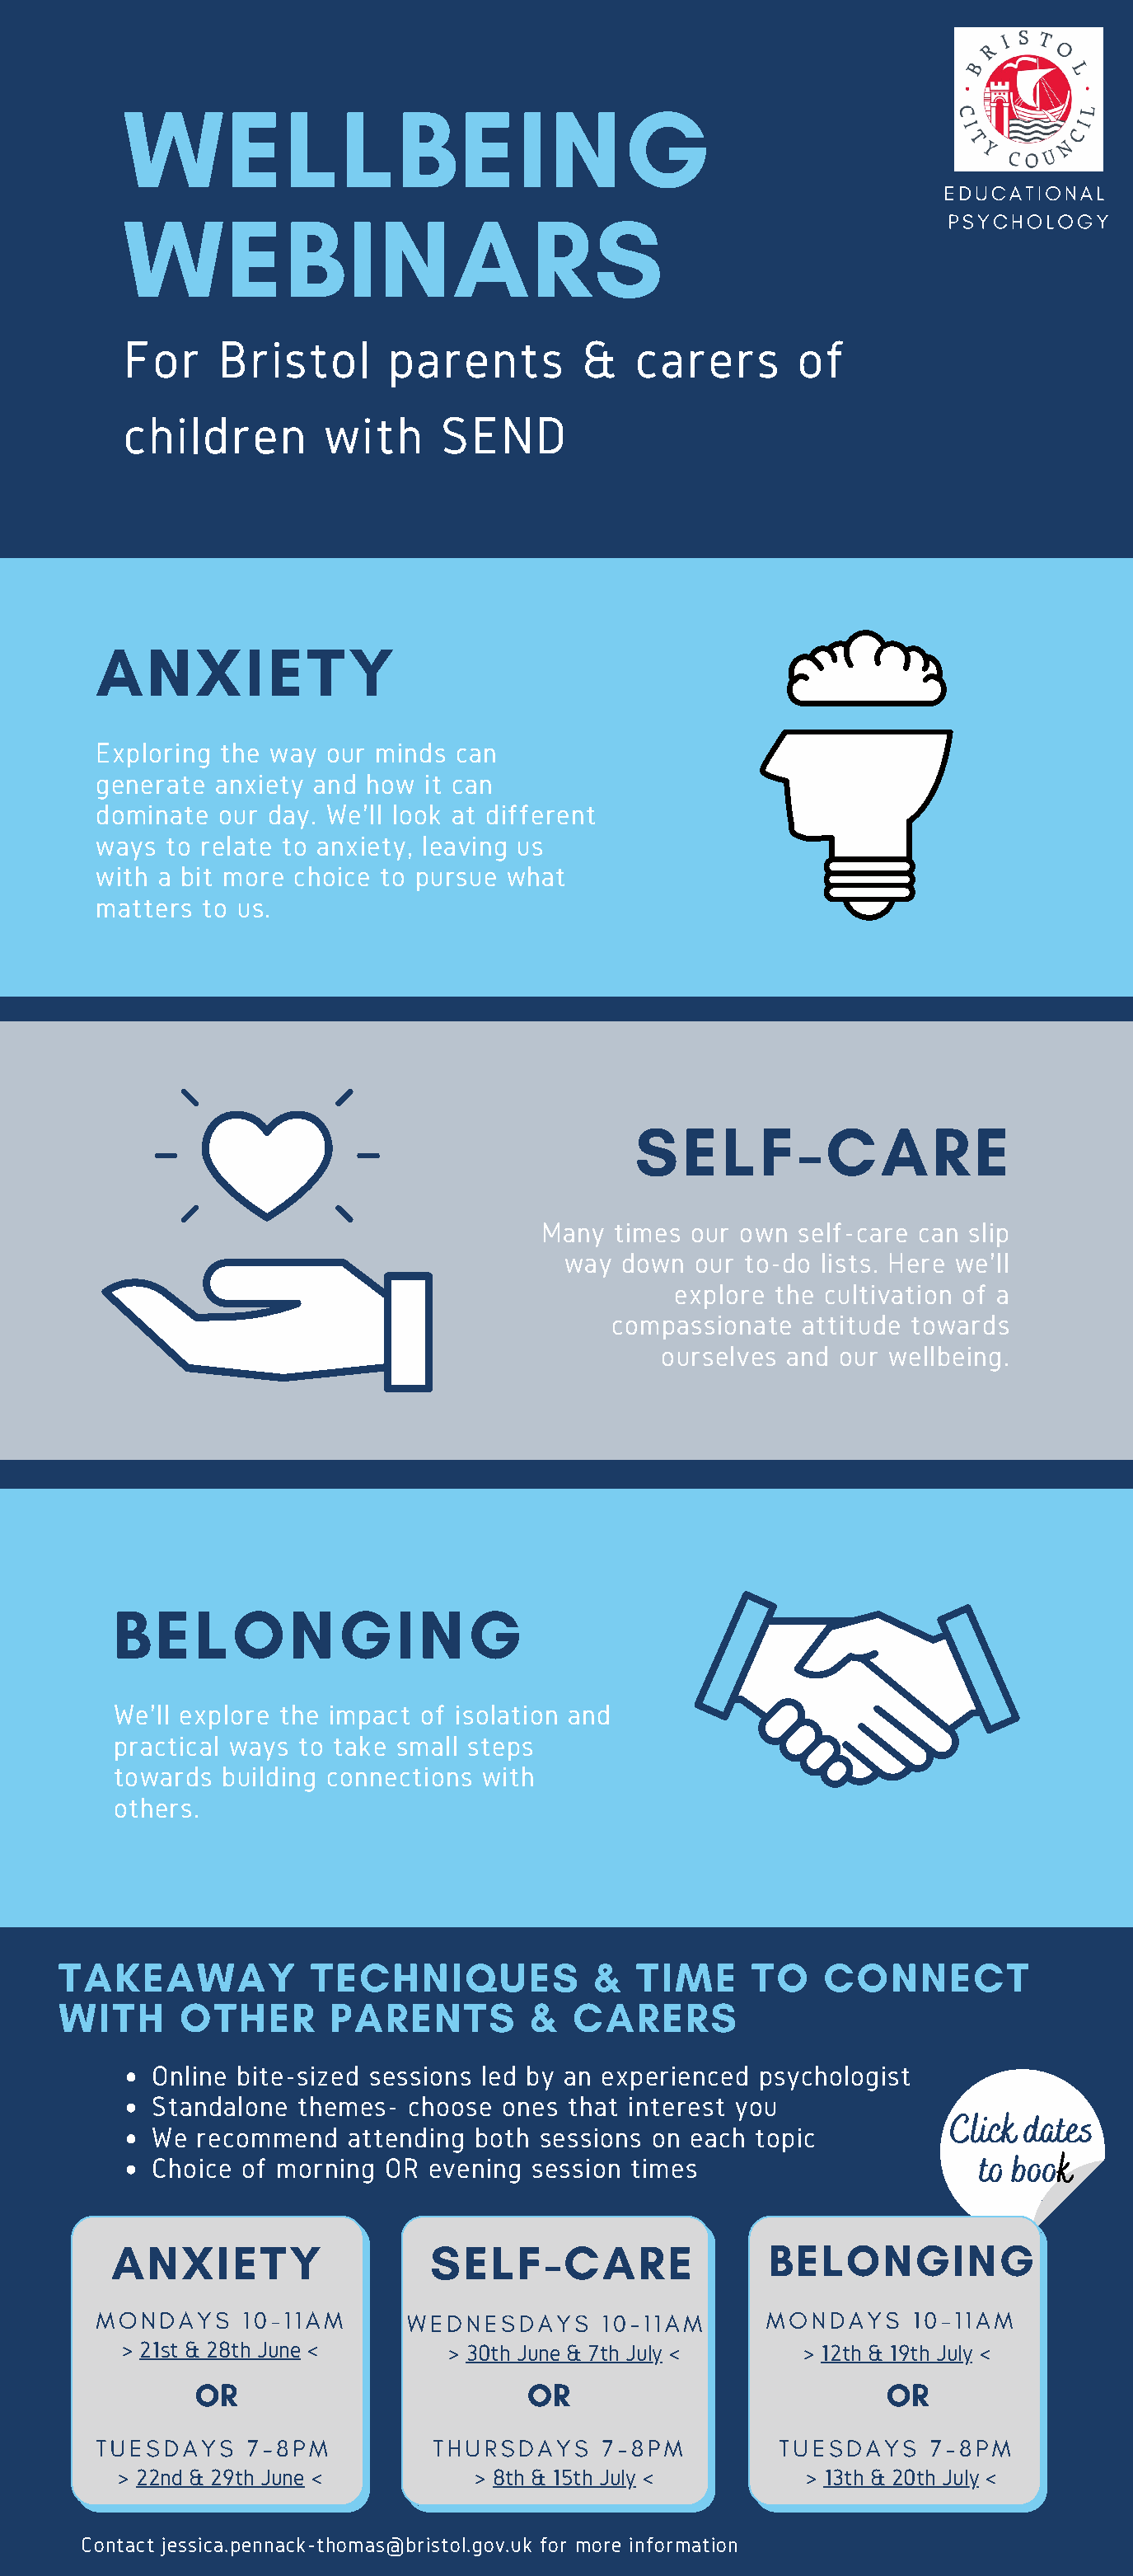
WELLBEING
 EDUCATIONAL
 WEBINARS
 PSYCHOLOGY
 For     Bristol      parents         &   carers       of
 children        with     SEND
 ANXIETY
 Exploring the way our minds  can
 generate anxiety and how  it can
 dominate  our day. We'll look at different
 ways to relate to anxiety, leaving us
 with a bit more choice to pursue what
 matters to us.
 SELF-CARE
 Many  times our own  self-care can slip
 way  down  our to-do lists. Here we'll
 explore the cultivation of a
 compassionate  attitude towards
 ourselves and our wellbeing.
 BELONGING
 We'll explore the impact of isolation and
 practical ways to take small steps
 towards  building connections with
 others.
 TAKEAWAY            TECHNIQUES             &  TIME     TO    CONNECT
 WITH     OTHER        PARENTS         &  CARERS
 Online bite-sized sessions led by an experienced psychologist
 Standalone  themes-  choose ones  that interest you
 Click dates
 We  recommend   attending both sessions on each  topic
 to book
 Choice of morning  OR evening  session times
 ANXIETY                   SELF-CARE                  BELONGING
 MONDAYS     10-11AM      WEDNESDAYS     10-11AM       MONDAYS    10-11AM
 > 21st & 28th June <      > 30th June & 7th July <    > 12th & 19th July <
 OR                        OR                           OR
 TUESDAYS    7-8PM          THURSDAYS    7-8PM          TUESDAYS    7-8PM
 > 22nd & 29th June <         > 8th & 15th July <        > 13th & 20th July <
 Contact jessica.pennack-thomas@bristol.gov.uk for more information